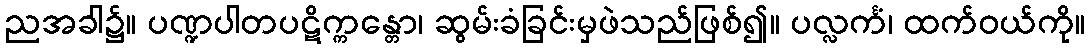
ညအခါ၌။ ပဏ္ဍပါတပဋိက္ကန္တော၊ ဆွမ်းခံခြင်းမှဖဲသည်ဖြစ်၍။ ပလ္လင်္ကံ၊ ထက်ဝယ်ကို။